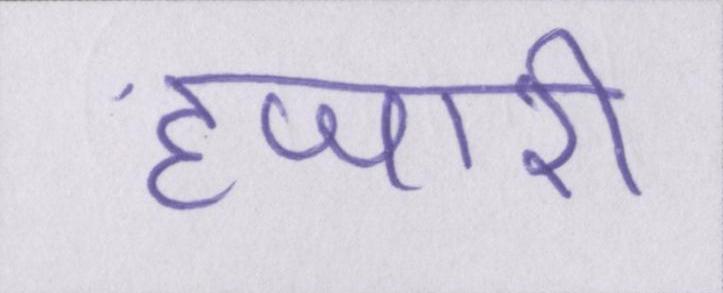
हजारी